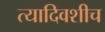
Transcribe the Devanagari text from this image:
त्यादिवशीच